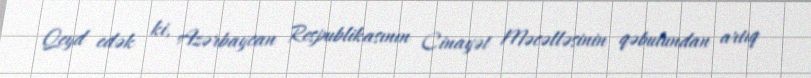
Qeyd edək ki, Azərbaycan Respublikasının Cinayət Məcəlləsinin qəbulundan artıq